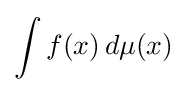
\int f(x)\,d\mu (x)